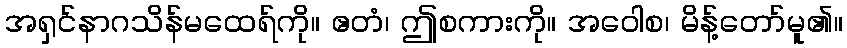
အရှင်နာဂသိန်မထေရ်ကို။ ဧတံ၊ ဤစကားကို။ အဝေါစ၊ မိန့်တော်မူ၏။